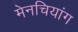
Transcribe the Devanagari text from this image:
मेनचियांग